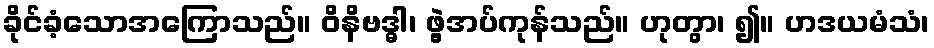
ခိုင်ခံ့သောအကြောသည်။ ဝိနိဗဒ္ဓါ၊ ဖွဲ့အပ်ကုန်သည်။ ဟုတွာ၊ ၍။ ဟဒယမံသံ၊